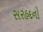
સરહદનો